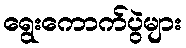
ရွေးကောက်ပွဲများ